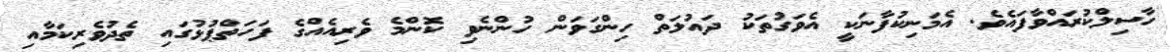
ހާސިލްކުރައްވާފައެވެ. އެމަނިކުފާނަކީ އެވަގުތަކު ދައުލަތް ހިންގަވަން ހުންނެވި ކޮންމެ ވެރިއެއްގެ ފަހަތްޕުޅުގައި ތެދުވެރިކަމާއި